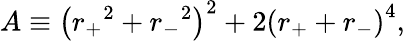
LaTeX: A\equiv\left({r_{+}}^{2}+{r_{-}}^{2}\right)^{2}+2\left(r_{+}+r_{-}\right)^{4},